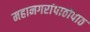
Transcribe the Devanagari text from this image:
महानगरांपाठोपाठ